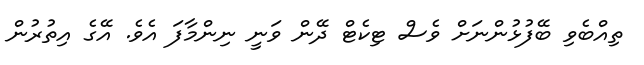
ތިއްބެވި ބޭފުޅުންނަށް ވެސް ޓިކެޓް ދޭން ވަނީ ނިންމާފަ އެވެ. އޭގެ އިތުރުން